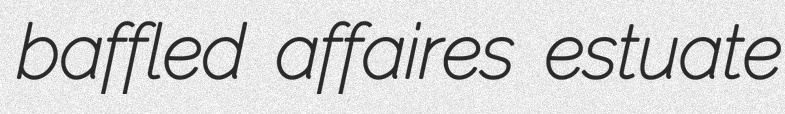
baffled affaires estuate